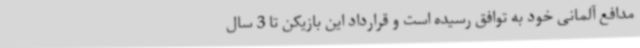
مدافع آلمانی خود به توافق رسیده است و قرارداد این بازیکن تا 3 سال